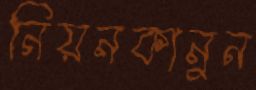
নিয়নকানুন